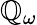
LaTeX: \mathbb{Q}_{\omega}